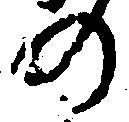
の